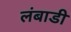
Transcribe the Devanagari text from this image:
लंबाडी